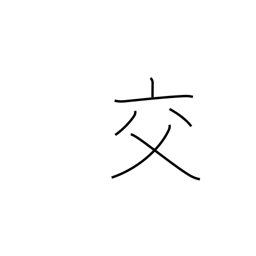
Meaning: mixing